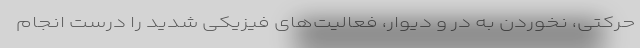
حرکتی، نخوردن به در و دیوار، فعالیت‌های فیزیکی شدید را درست انجام